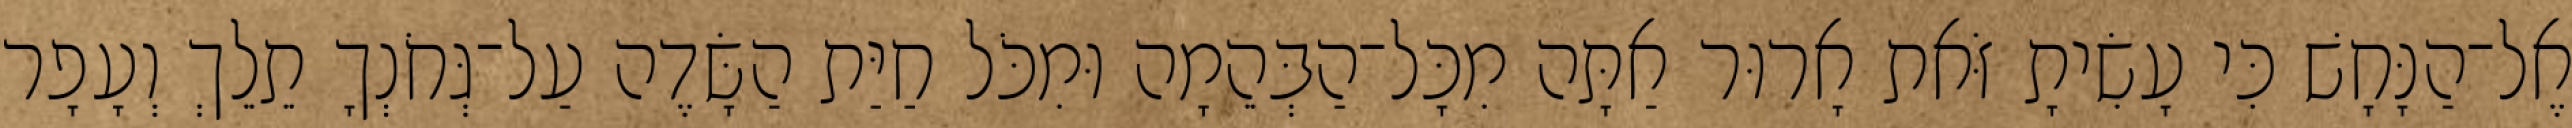
אֶל־הַנָּחָשׁ כִּי עָשִׂיתָ זֹּאת אָרוּר אַתָּה מִכָּל־הַבְּהֵמָה וּמִכֹּל חַיַּת הַשָּׂדֶה עַל־גְּחֹנְךָ תֵלֵךְ וְעָפָר